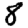
Digit: 8